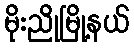
မိုးညိုမြို့နယ်